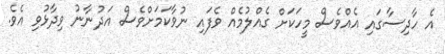
އެ ހާދިސާގައި އެއްވެސް މީހަކަށް ގެއްލުމެއް ވެފައި ނުވާކަމަށްވެސް އަދުނާނު ވިދާޅުވި އެވެ.